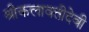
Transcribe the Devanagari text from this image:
श्रीकलावतीदेवी